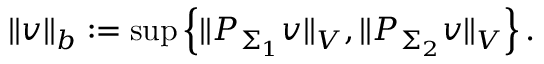
\Vert v \Vert _ { b } : = \operatorname* { s u p } \left\{ \Vert P _ { \Sigma _ { 1 } } v \Vert _ { V } , \Vert P _ { \Sigma _ { 2 } } v \Vert _ { V } \right\} .